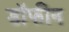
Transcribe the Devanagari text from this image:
डॉफीन